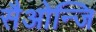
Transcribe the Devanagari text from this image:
सैओन्जि